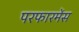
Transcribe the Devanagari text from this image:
परफारमेंस